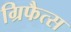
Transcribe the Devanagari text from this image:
ग्रिफैत्स